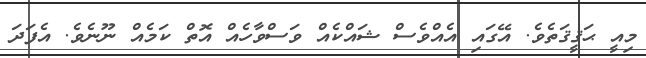
މިއީ ޙަޤީޤަތެވެ. އޭގައި އެއްވެސް ޝައްކެއް ވަސްވާހެއް އޮތް ކަމެއް ނޫނެވެ. އެފަދަ